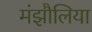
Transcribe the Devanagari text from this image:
मंझौलिया